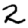
Digit: 2